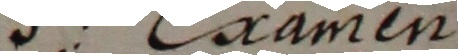
3 Laamen